Indian journal of veterinary science and animal husbandry - Volumes 18-21, 1948-1951
Year: 1948
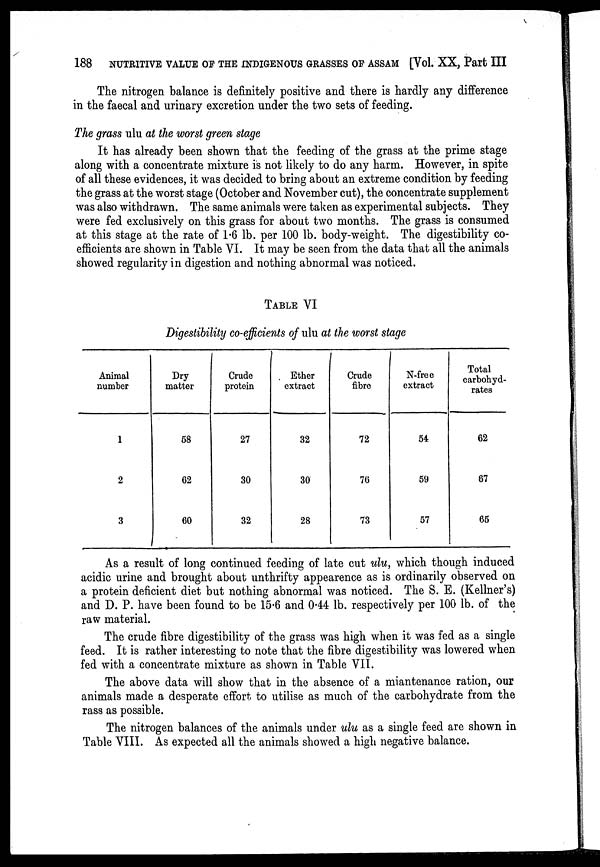
188
NUTRITIVE VALUE OF THE INDIGENOUS GRASSES OF ASSAM [Vol. XX, Part III
The nitrogen balance is definitely positive and there is hardly any difference
in the faecal and urinary excretion under the two sets of feeding.
The grass ulu at the worst green stage
It has already been shown that the feeding of the grass at the prime stage
along with a concentrate mixture is not likely to do any harm. However, in spite
of all these evidences, it was decided to bring about an extreme condition by feeding
the grass at the worst stage (October and November cut), the concentrate supplement
was also withdrawn. The same animals were taken as experimental subjects. They
were fed exclusively on this grass for about two months. The grass is consumed
at this stage at the rate of 1.6 lb. per 100 lb. body-weight. The digestibility co-
efficients are shown in Table VI. It may be seen from the data that all the animals
showed regularity in digestion and nothing abnormal was noticed.
TABLE VI
Digestibility co-efficients of ulu at the worst stage
Animal
number
1
2
3
Dry
matter
58
62
60
Crude
protein
27
30
32
Ether
extract
32
30
28
Crude
fibre
72
76
73
N-free
extract
54
59
57
Total
carbohyd-
rates
62
67
65
As a result of long continued feeding of late cut ulu, which though induced
acidic urine and brought about unthrifty appearence as is ordinarily observed on
a protein deficient diet but nothing abnormal was noticed. The S. E. (Kellner's)
and D. P. have been found to be 15.6 and 0.44 lb. respectively per 100 lb. of the
raw material.
The crude fibre digestibility of the grass was high when it was fed as a single
feed. It is rather interesting to note that the fibre digestibility was lowered when
fed with a concentrate mixture as shown in Table VII.
The above data will show that in the absence of a miantenance ration, our
animals made a desperate effort to utilise as much of the carbohydrate from the
rass as possible.
The nitrogen balances of the animals under ulu as a single feed are shown in
Table VIII. As expected all the animals showed a high negative balance.